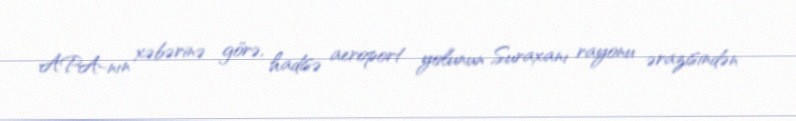
APA-nın xəbərinə görə, hadisə aeroport yolunun Suraxanı rayonu ərazisindən